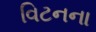
વિટનના